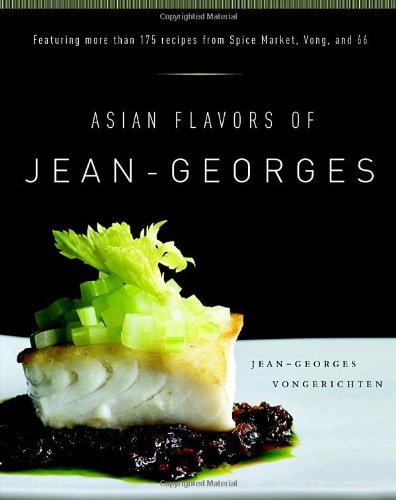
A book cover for Asian Flavors of Jean-Georges; Jean-Georges Vongerichten; Cookbooks, Food & Wine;